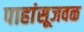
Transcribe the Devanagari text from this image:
पाहांसूजवळ